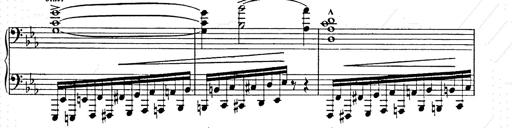
Title: Ballade No.2
Composer: Jan Skrzydlewski
Key: B minor